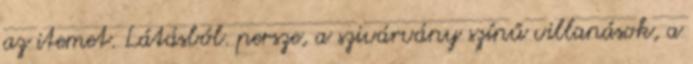
az itemet. Látásból. persze, a szivárvány színű villanások, a